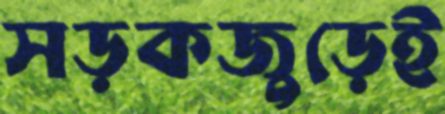
সড়কজুড়েই